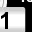
Digit: 1